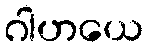
ဂါဟယေ